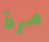
مرة